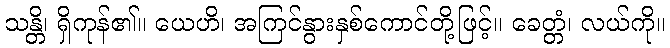
သန္တိ၊ ရှိကုန်၏။ ယေဟိ၊ အကြင်နွားနှစ်ကောင်တို့ဖြင့်။ ခေတ္တံ၊ လယ်ကို။